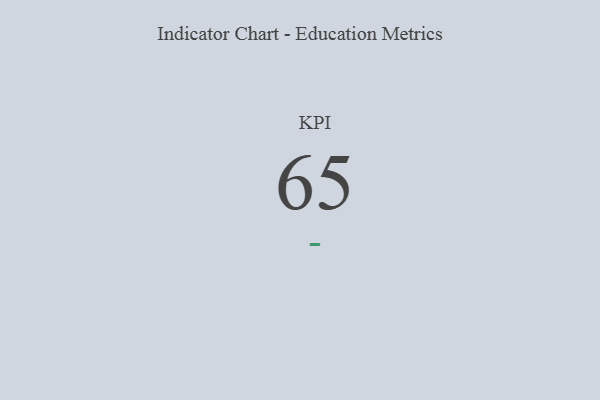
{"axis": {"x": "KPI", "y": "Value"}, "legend": [""], "data": [{"x": "KPI", "y": 65, "type": ""}]}